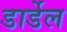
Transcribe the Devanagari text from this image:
डार्डेल